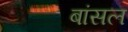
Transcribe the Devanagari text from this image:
बांसल